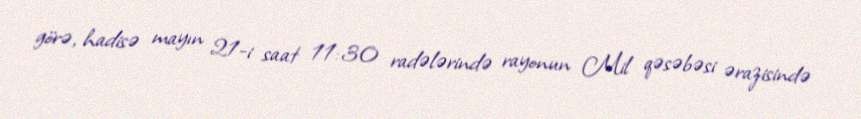
görə, hadisə mayın 21-i saat 11:30 radələrində rayonun Mil qəsəbəsi ərazisində